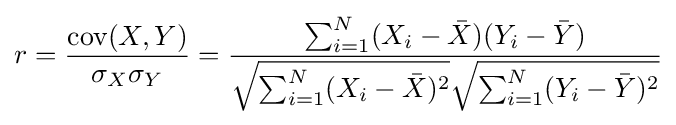
r={\frac {\operatorname {cov} (X,Y)}{\sigma _{X}\sigma _{Y}}}={\frac {\sum _{i=1}^{N}(X_{i}-{\bar {X}})(Y_{i}-{\bar {Y}})}{{\sqrt {\sum _{i=1}^{N}(X_{i}-{\bar {X}})^{2}}}{\sqrt {\sum _{i=1}^{N}(Y_{i}-{\bar {Y}})^{2}}}}}